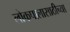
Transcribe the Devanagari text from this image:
लोकपालासाठीच्या